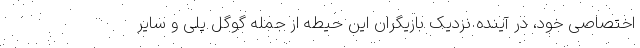
اختصاصی خود، در آینده نزدیک بازیگران این حیطه از جمله گوگل پلی و سایر